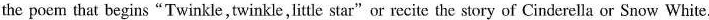
the poem that begins"Twinkle, twinkle,little star"or recite the story of Cinderella or Snow White.